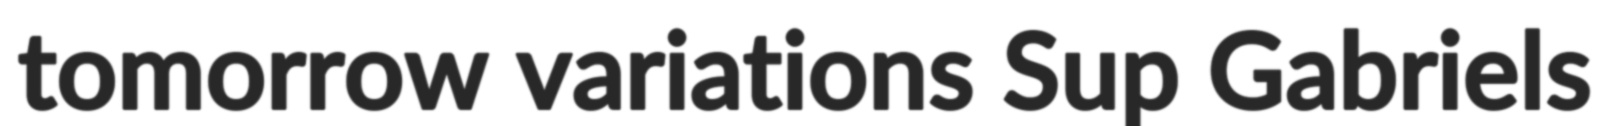
tomorrow variations Sup Gabriels